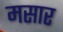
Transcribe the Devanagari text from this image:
मसार